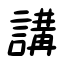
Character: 講